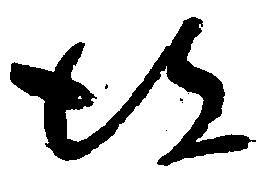
彼